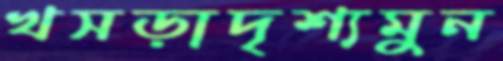
খসড়াদৃশ্যমুন